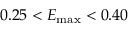
0 . 2 5 < E _ { \mathrm { m a x } } < 0 . 4 0